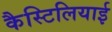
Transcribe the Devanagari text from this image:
कैस्टिलियाई